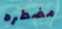
مضطره